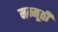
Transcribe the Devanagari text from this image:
मम्मूठी